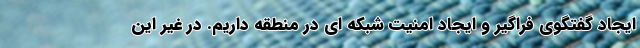
ایجاد گفتگوی فراگیر و ایجاد امنیت شبکه ای در منطقه داریم. در غیر این